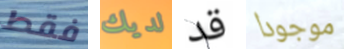
فقط لديك قد موجودا